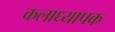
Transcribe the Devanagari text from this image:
कलाध्यापक